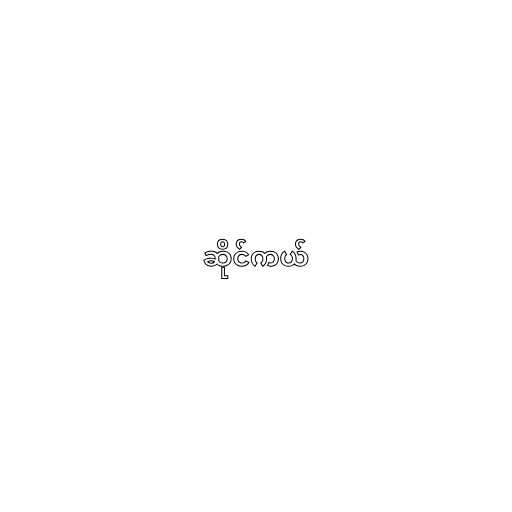
ဆိုင်ကယ်